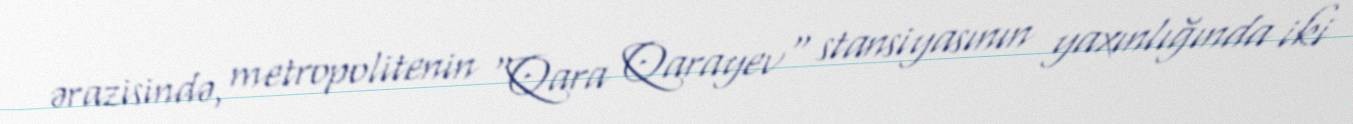
ərazisində, metropolitenin "Qara Qarayev" stansiyasının yaxınlığında iki